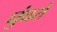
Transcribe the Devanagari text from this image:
घुंघरों